Annual report on the working of the mental hospitals in the Madras Presidency - 1912-1932
Year: 1912
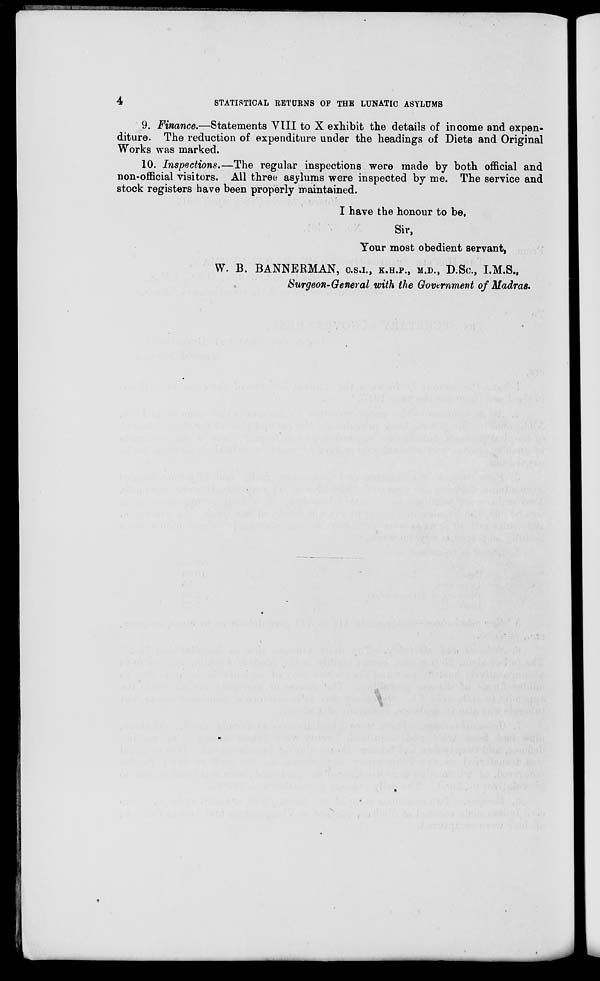
4
STATISTICAL RETURNS OF THE LUNATIC ASYLUMS
9. Finance.—Statements VIII to X exhibit the details of income and expen-
diture. The reduction of expenditure under the headings of Diets and Original
Works was marked.
10. Inspections.—The regular inspections were made by both official and
non-official visitors. All three asylums were inspected by me. The service and
stock registers have been properly maintained.
I have the honour to be,
Sir,
Your most obedient servant,
W. B. BANNERMAN, C.S.I., K.H.P., M.D., D.Sc., I.M.S.,
Surgeon-General with the Government of Madras.